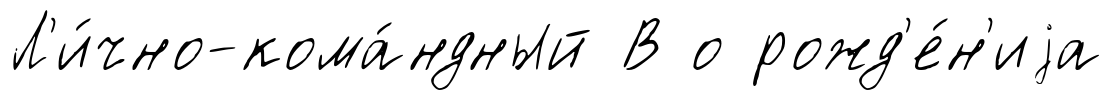
Л'и́чно-кома́ндный В о рожд'е́н'иjа